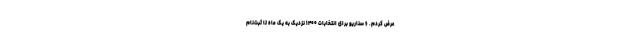
عرض کردم. ۶ سناریو برای انتخابات ۱۴۰۰ نزدیک به یک ماه تا ثبت‌نام